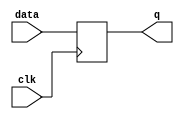
module dff (clk, data,  q);
			input data, clk;
			output q;

reg q;

always @(posedge clk)
q = data;

endmodule